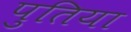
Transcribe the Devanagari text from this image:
पुतिया